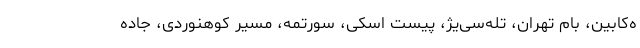
ه‌کابین، بام تهران، تله‌سی‌یژ، پیست اسکی، سورتمه، مسیر کوهنوردی، جاده